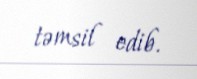
təmsil edib.